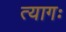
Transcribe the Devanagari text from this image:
त्यागः